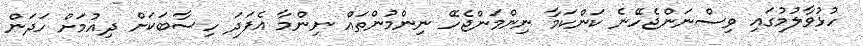
ހުޅުވާލުމުގައި ވިސްނަންޖެހޭނެ ކަންކަމާ ނިންމަންޖެހޭ ނިންމުންތައް ނިންމާ އެފަދަ ހިސާބަކަށް ދިއުމަށް ހަދަން